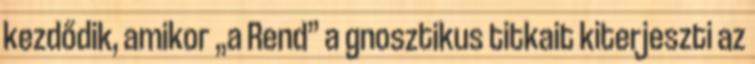
kezdődik, amikor „a Rend” a gnosztikus titkait kiterjeszti az